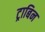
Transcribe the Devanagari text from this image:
ट्राबिन